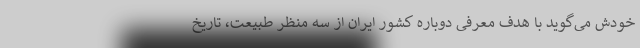
خودش می‌گوید با هدف معرفی دوباره کشور ایران از سه ‌منظر طبیعت، تاریخ